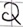
Text: Q